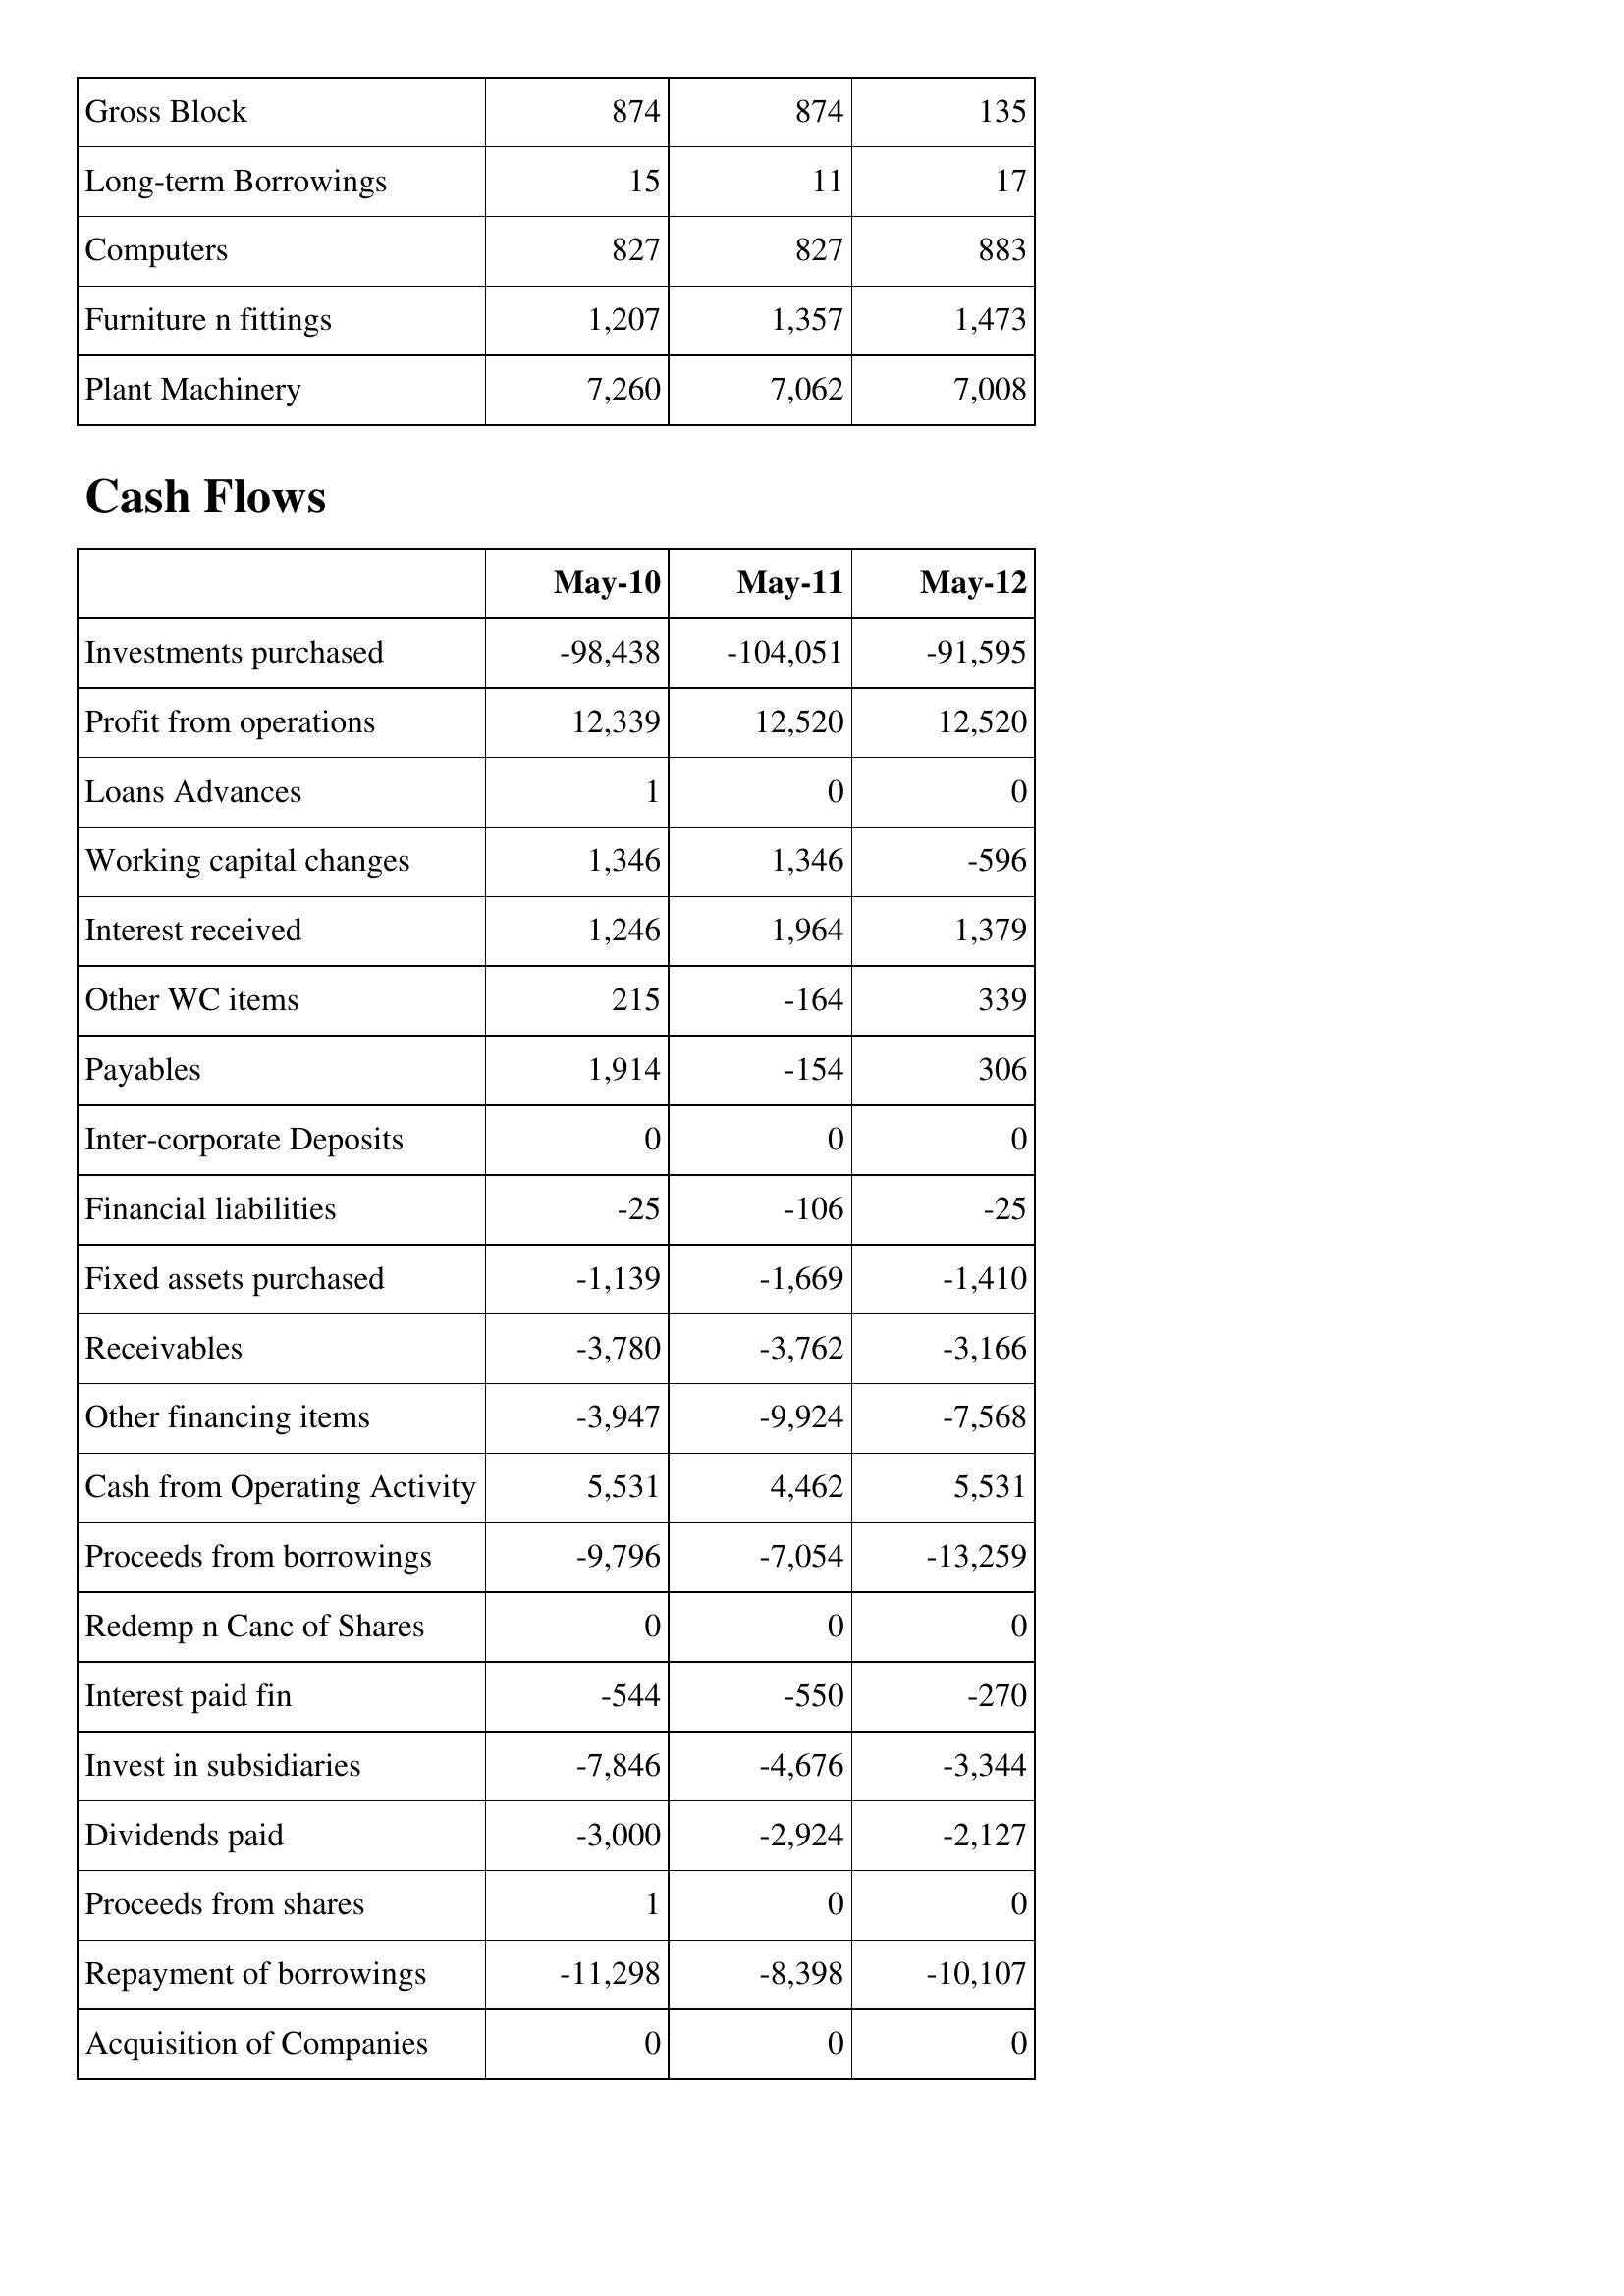
May-10: Balance Sheet: Gross Block: 874
Long-term Borrowings: 15
Computers: 827
Furniture n fittings: 1,207
Plant Machinery: 7,260
Cash Flows: Investments purchased: -98,438
Profit from operations: 12,339
Loans Advances: 1
Working capital changes: 1,346
Interest received: 1,246
Other WC items: 215
Payables: 1,914
Inter-corporate Deposits: 0
Financial liabilities: -25
Fixed assets purchased: -1,139
Receivables: -3,780
Other financing items: -3,947
Cash from Operating Activity: 5,531
Proceeds from borrowings: -9,796
Redemp n Canc of Shares: 0
Interest paid fin: -544
Invest in subsidiaries: -7,846
Dividends paid: -3,000
Proceeds from shares: 1
Repayment of borrowings: -11,298
Acquisition of Companies: 0
May-11: Balance Sheet: Gross Block: 874
Long-term Borrowings: 11
Computers: 827
Furniture n fittings: 1,357
Plant Machinery: 7,062
Cash Flows: Investments purchased: -104,051
Profit from operations: 12,520
Loans Advances: 0
Working capital changes: 1,346
Interest received: 1,964
Other WC items: -164
Payables: -154
Inter-corporate Deposits: 0
Financial liabilities: -106
Fixed assets purchased: -1,669
Receivables: -3,762
Other financing items: -9,924
Cash from Operating Activity: 4,462
Proceeds from borrowings: -7,054
Redemp n Canc of Shares: 0
Interest paid fin: -550
Invest in subsidiaries: -4,676
Dividends paid: -2,924
Proceeds from shares: 0
Repayment of borrowings: -8,398
Acquisition of Companies: 0
May-12: Balance Sheet: Gross Block: 135
Long-term Borrowings: 17
Computers: 883
Furniture n fittings: 1,473
Plant Machinery: 7,008
Cash Flows: Investments purchased: -91,595
Profit from operations: 12,520
Loans Advances: 0
Working capital changes: -596
Interest received: 1,379
Other WC items: 339
Payables: 306
Inter-corporate Deposits: 0
Financial liabilities: -25
Fixed assets purchased: -1,410
Receivables: -3,166
Other financing items: -7,568
Cash from Operating Activity: 5,531
Proceeds from borrowings: -13,259
Redemp n Canc of Shares: 0
Interest paid fin: -270
Invest in subsidiaries: -3,344
Dividends paid: -2,127
Proceeds from shares: 0
Repayment of borrowings: -10,107
Acquisition of Companies: 0